Report of the veterinary officer investigating camel disease
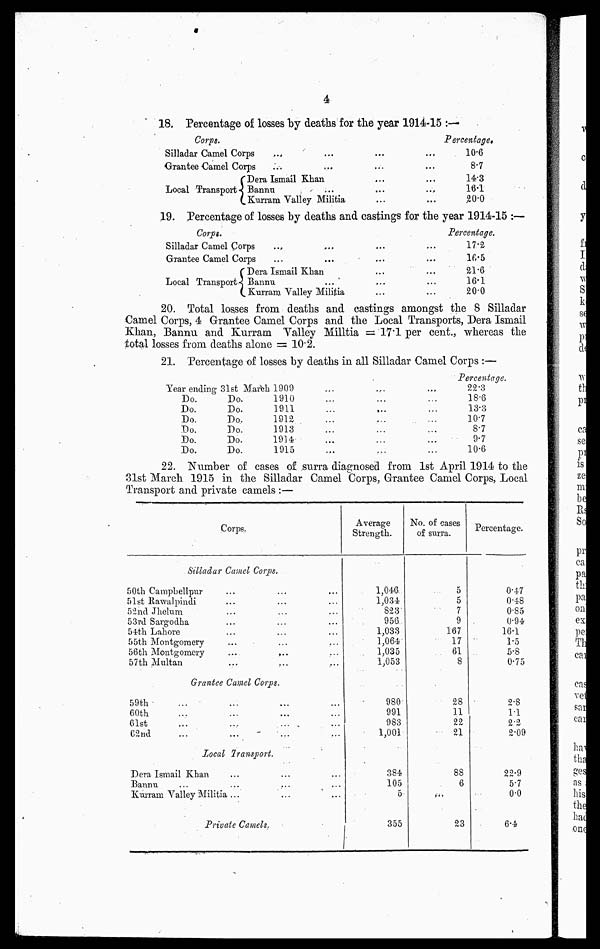
4
18. Percentage of losses by deaths for the year 1914-15 :—
Corps.
Silladar Camel Corps
Grantee Camel Corps
Local Transport
Dera Ismail Khan
Bannu
...
...
Kurram Valley Militia
Percentage,
10.6
8.7
14.3
16.1
20.0
19. Percentage of losses by deaths and castings for the year 1914-15 :—
Corps.
Silladar Camel Corps
Grantee Camel Corps
Local Transports.
Dera Ismail Khan
Bannu
Kurram Valley Militia
Percentage.
17.2
16.5
21.6
16.1
20.0
20. Total losses from deaths and castings amongst the 8 Silladar
Camel Corps, 4 Grantee Camel Corps and the Local Transports, Dera Ismail
Khan, Bannu and Kurram Valley Militia = 17.1 per cent., whereas the
total losses from deaths alone = 10.2.
21. Percentage of losses by deaths in all Silladar Camel Corps :—
Year ending 31 st March 1909
Do.
Do.
Do.
Do.
Do.
Do.
Do.
Do.
Do.
Do.
Do.
Do.
1910
1911
1912
1913
1914
1915
Percentage.
22.3
18.6
13.3
107
8.7
9.7
10.6
22. Number of eases of surra diagnosed from 1st April 1914 to the
31st March 1915 in the Silladar Camel Corps, Grantee Camel Corps, Local
Transport and private camels :—
Corps
Silladar Camel Corps.
50th Campbellpur
51st Rawalpindi
52nd Jhelum
53rd Sargodha
54th Lahore
55th Montgomery
56th Montgomery
...
...
57th Multan
Grantee Camel Corps.
59th
60th
61st
62nd
Local Transport.
Dera Ismail Khan
Bannu
Kurram Valley Militia ...
...
...
Private Camels.
Average
Strength.
1,046
1,034
823
956.
1,033
1,064
1,035
1,053
980
991
983
1,001
384
105
5
355
No. of cases
of surra.
5
5
7
9
167
17
61
8
28
11
22
21
88
6
...
23
Percentage.
0.47
048
0.85
0.94
16.1
1.5
5.8
0.75
2.8
1.1
2.2
2.09
22.9
5.7
0.0
6.4